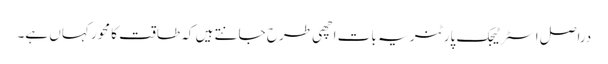
دراصل اسٹرٹیجک پارٹنر یہ بات اچھی طرح جانتے ہیں کہ طاقت کا محور کہاں ہے۔